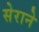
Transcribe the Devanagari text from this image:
सेराने